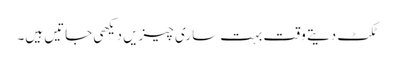
ٹکٹ دیتے وقت بہت ساری چیزیں دیکھی جاتیں ہیں۔